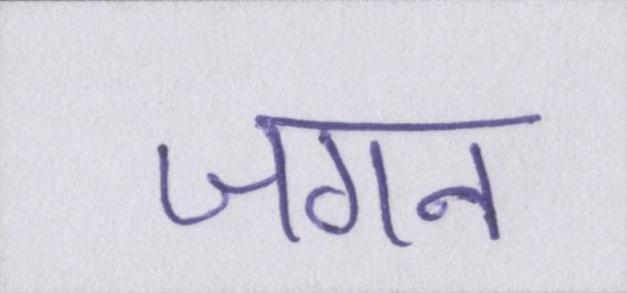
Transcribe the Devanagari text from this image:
जगन